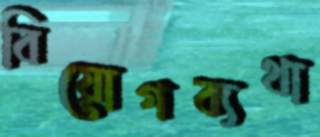
বিয়োগব্যথা